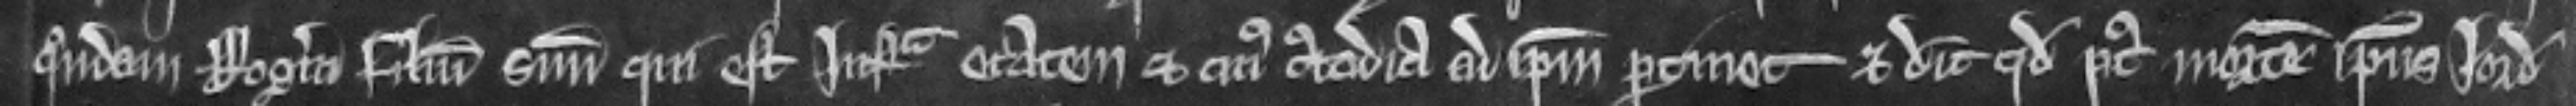
quendam Rogerum filium suum qui est infra etatem et cujus custodia ad ipsum pertinet et dicunt quod post mortem ipsius Jordani